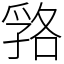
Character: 嗠